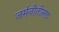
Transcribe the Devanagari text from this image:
जर्मनीतीलच